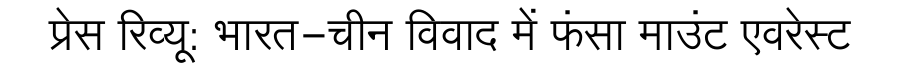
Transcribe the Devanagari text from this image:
प्रेस रिव्यू: भारत-चीन विवाद में फंसा माउंट एवरेस्ट